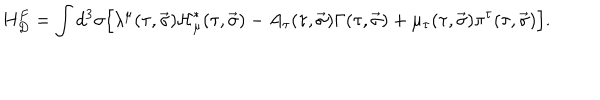
LaTeX: H _ { D } ^ { F } = \int { d ^ { 3 } \sigma \Big [ \lambda ^ { \mu } ( \tau , \vec { \sigma } ) { \cal H } _ { \mu } ^ { \ast } ( \tau , \vec { \sigma } ) - A _ { \tau } ( \tau , \vec { \sigma } ) \Gamma ( \tau , \vec { \sigma } ) + \mu _ { \tau } ( \tau , \vec { \sigma } ) \pi ^ { \tau } ( \tau , \vec { \sigma } ) \Big ] } .